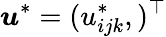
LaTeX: \boldsymbol{u}^{*}=(u_{ijk}^{*},)^{\top}